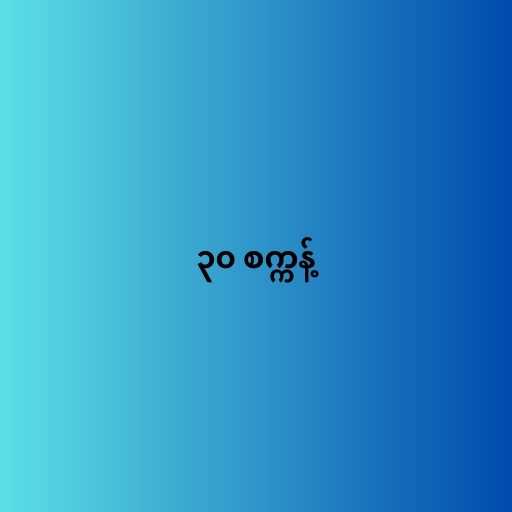
၃၀ စက္ကန့်